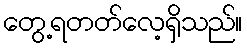
တွေ့ရတတ်လေ့ရှိသည်။